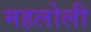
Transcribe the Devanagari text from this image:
महलोली